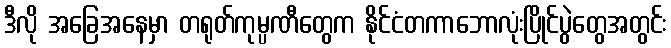
ဒီလို အခြေအနေမှာ တရုတ်ကုမ္ပဏီတွေက နိုင်ငံတကာဘောလုံးပြိုင်ပွဲတွေအတွင်း